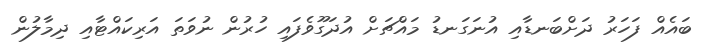
ބައެއް ފަހަރު ދަށްބަނޑާއި އުނަގަނޑު މައްޗަށް އުދަގޫވެފައި ހުރުން ނުވަތަ އަރިކައްޓާއި ދިމާލުން